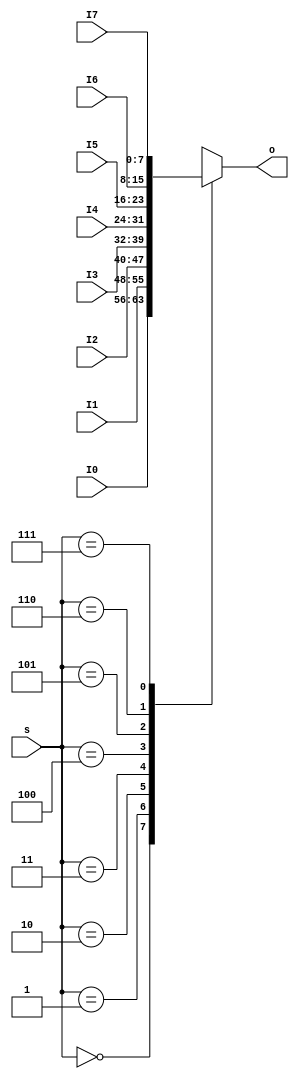
`timescale 1ns / 1ps
//////////////////////////////////////////////////////////////////////////////////
// Company: 
// Engineer: 
// 
// Design Name: 
// Module Name:    MUX8T1_8 
// Project Name: 
// Target Devices: 
// Tool versions: 
// Description: 
//
// Dependencies: 
//
// Revision: 
// Revision 0.01 - File Created
// Additional Comments: 
//
//////////////////////////////////////////////////////////////////////////////////
module   MUX8T1_8(input [2:0]s,
						input [7:0]I0,
						input [7:0]I1,
						input [7:0]I2,
						input [7:0]I3,
						input [7:0]I4,
						input [7:0]I5,
						input [7:0]I6,
						input [7:0]I7,
						
						output reg[7:0]o
						);

		always@*
			case(s)
				3'b000: o = I0;
				3'b001: o = I1;
				3'b010: o = I2;
				3'b011: o = I3;
				3'b100: o = I4;
				3'b101: o = I5;
				3'b110: o = I6;
				3'b111: o = I7;
			endcase
			
endmodule